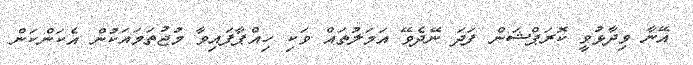
އޭނާ ވިދާޅުވީ ކޮރަޕްޝަން ފަދަ ނޭދެވޭ އަމަލުތައް ވަކި ހިއްޕާފައިވާ މުޖުތަމައަކުން އެކަންކަން